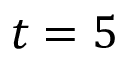
t = 5